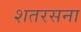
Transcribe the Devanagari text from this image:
शतरसना